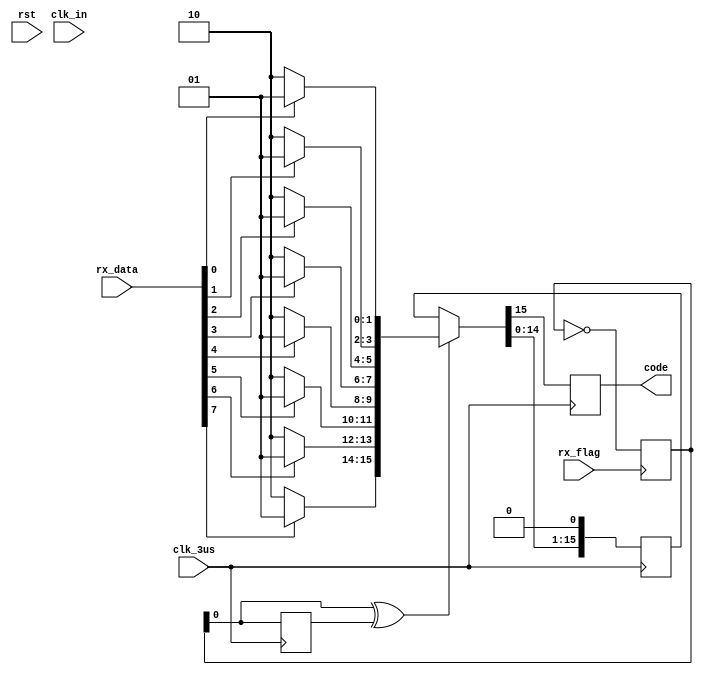

module man_coding(
           input wire	clk_in,
           input wire	rst,
           input wire	rx_flag,
           input wire [7: 0] rx_data,
           input wire clk_3us,

           output reg code

       );

wire [15: 0]data;
reg [15: 0]data_buf;

assign data[1: 0] = (rx_data[0]) ? 2'b01 : 2'b10;
assign data[3: 2] = (rx_data[1]) ? 2'b01 : 2'b10;
assign data[5: 4] = (rx_data[2]) ? 2'b01 : 2'b10;
assign data[7: 6] = (rx_data[3]) ? 2'b01 : 2'b10;
assign data[9: 8] = (rx_data[4]) ? 2'b01 : 2'b10;
assign data[11: 10] = (rx_data[5]) ? 2'b01 : 2'b10;
assign data[13: 12] = (rx_data[6]) ? 2'b01 : 2'b10;
assign data[15: 14] = (rx_data[7]) ? 2'b01 : 2'b10;


reg [3: 0] state = 0;

always@(posedge rx_flag)
begin
    state = ~state;
end

reg [1: 0]state_tmp = 0;

always@(posedge clk_3us)
begin
    state_tmp[1] = state_tmp[0];
    state_tmp[0] = state;

    if (state_tmp[0] ^ state_tmp[1])		// 
    begin
        data_buf = data;
    end
    code = data_buf[15];
    data_buf = data_buf << 1;

end


// always@(posedge clk_3us)
// begin
//	state_tmp[1] = state_tmp[0];
//	state_tmp[0] = state;
//
//	if(state_tmp[0]^state_tmp[1])		// 
//	begin
//		date_buf = data;
//		i = 0;
//	end
//
//	if(i<16)
//	begin
//		code = data_buf[i];
//		i = i+1;
//	end
//
// end



//	always@(posedge clk_in)
//	begin
//		if(rx_flag_pos)
//		begin
//			state = 1;	// 
//			data_buf = data;
//		end
//		if(i == 16)
//		begin
//			state = 0;
//		end
//	end
//
//	always@(posedge clk_3us)
//	begin
//
//		if(state == 1)	// 
//		begin
//			code = data_buf[i];
//			i = i+1;
//		end
//		else
//		begin
//			code = code;
//		end
//		if(i == 16)
//		begin
//			i = 0;
//		end
//	end

endmodule